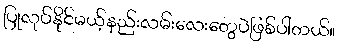
ပြုလုပ်နိုင်မယ့်နည်းလမ်းလေးတွေပဲဖြစ်ပါတယ်။